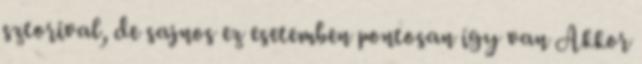
sztorival, de sajnos ez esetemben pontosan így van Akkor